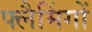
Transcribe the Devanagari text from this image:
फ्लैमिंगों